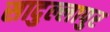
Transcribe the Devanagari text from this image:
सादुल्लापुर